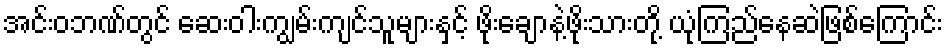
အင်းဝဘဏ်တွင် ဆေးဝါးကျွမ်းကျင်သူများနှင့် ဖိုးချောနဲ့ဖိုးသားတို့ ယုံကြည်နေဆဲဖြစ်ကြောင်း